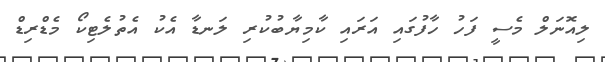
ލިއޮނަލް މެސީ ފަހު ހާފުގައި އަރައި ކާމިޔާބުކުރި ލަނޑާ އެކު އެތުލެޓިކޯ މެޑްރިޑް